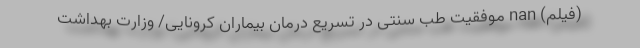
(فیلم) nan موفقیت طب سنتی در تسریع درمان بیماران کرونایی/ وزارت بهداشت